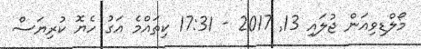
މޯލްޑިވިއަން ޖުލައި 13